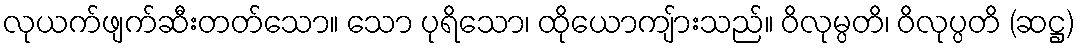
လုယက်ဖျက်ဆီးတတ်သော။ သော ပုရိသော၊ ထိုယောကျ်ားသည်။ ဝိလုမ္ပတိ၊ ဝိလုပ္ပတိ (ဆဋ္ဌ)